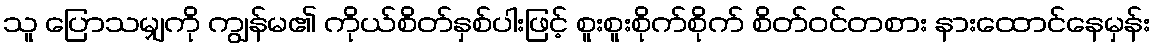
သူ ပြောသမျှကို ကျွန်မ၏ ကိုယ်စိတ်နှစ်ပါးဖြင့် စူးစူးစိုက်စိုက် စိတ်ဝင်တစား နားထောင်နေမှန်း